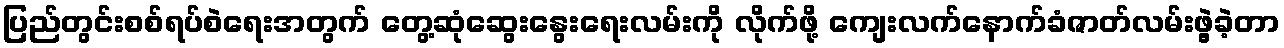
ပြည်တွင်းစစ်ရပ်စဲရေးအတွက် တွေ့ဆုံဆွေးနွေးရေးလမ်းကို လိုက်ဖို့ ကျေးလက်နောက်ခံဇာတ်လမ်းဖွဲ့ခဲ့တာ